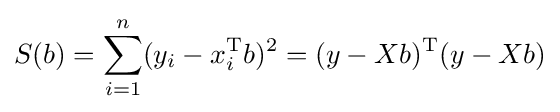
S(b)=\sum _{i=1}^{n}(y_{i}-x_{i}^{\operatorname {T} }b)^{2}=(y-Xb)^{\operatorname {T} }(y-Xb)